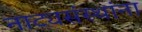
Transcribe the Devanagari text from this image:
नाट्यसंस्थांना